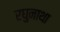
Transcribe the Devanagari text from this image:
रघुनाथा